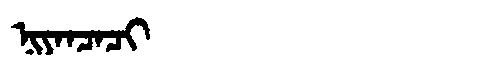
Manchu: ᠨᡳᠶᠠᠨᠴᠠᠴᡳ
Romanization: NIYANCACI